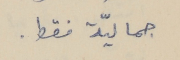
جماليّة فقط.